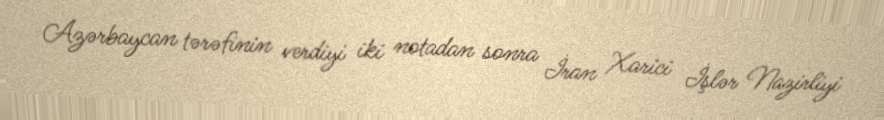
Azərbaycan tərəfinin verdiyi iki notadan sonra İran Xarici İşlər Nazirliyi